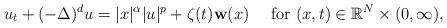
LaTeX: \begin{align*} u_t+(-\Delta)^{d}u=|x|^{\alpha}|u|^{p}+\zeta(t){\mathbf w}(x) \ \quad\mbox{for } (x,t)\in\mathbb{R}^{N}\times(0,\infty),\end{align*}